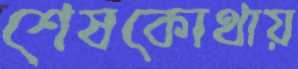
শেষকোথায়